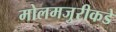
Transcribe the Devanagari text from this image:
मोलमजुरीकडे